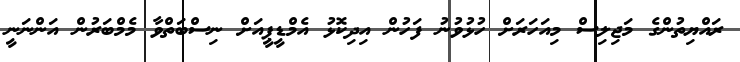
ރައްޔިތުންގެ މަޖިލިސް މިއަހަރަށް ހުޅުވުނު ފަހުން އިދިކޮޅު އެމްޑީޕީއަށް ނިސްބަތްވާ މެމްބަރުން އަންނަނީ